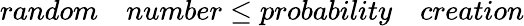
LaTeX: random\quad number\leq probability\quad creation